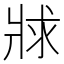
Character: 𤕾